Vaccination in Bombay 1889-1901 - 1889-1901
Year: 1889
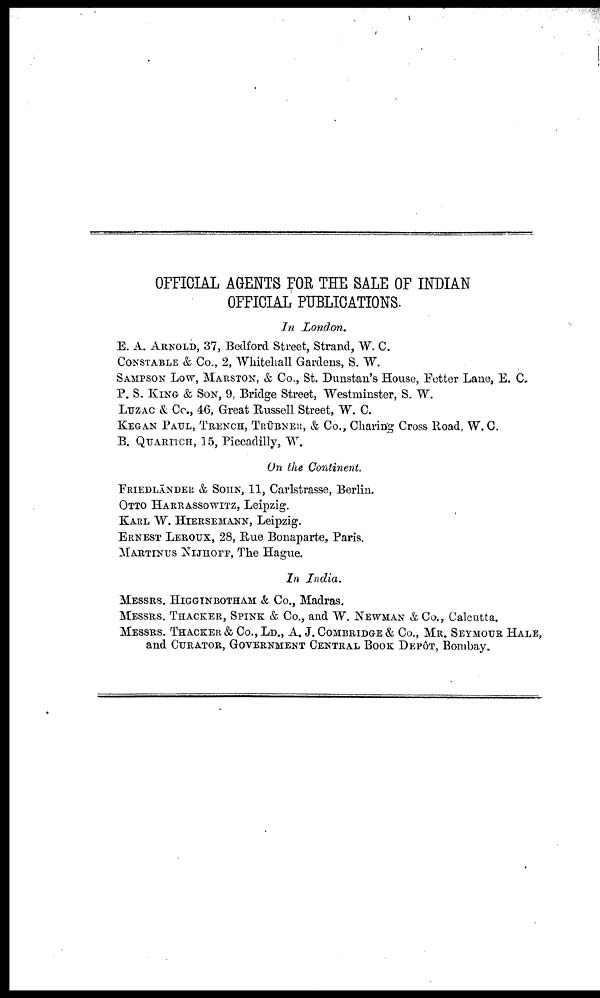
OFFICIAL AGENTS FOR THE SALE OF INDIAN
OFFICIAL PUBLICATIONS.
In London.
E. A. ARNOLD, 37, Bedford Street, Strand, W. C.
CONSTABLE & Co., 2, Whitehall Gardens, S. W.
SAMPSON LOW, MARSTON, & CO., St. Dunstan's House, Fetter Lane, E. C.
P. S. KING & SON, 9, Bridge Street, Westminster, S. W.
LUZAC & CO., 46, Great Russell Street, W. C.
KEGAN PAUL, TRENCH, TRÜBNER, & Co., Charing Cross Road, W. C.
B. QUARITCH, 15, Piccadilly, W.
On the Continent.
FRIEDLÄNDER & SOHN, 11, Carlstrasse, Berlin.
OTTO HARRASSOWITZ, Leipzig.
KARL W. HIERSEMANN, Leipzig.
ERNEST LEROUX, 28, Rue Bonaparte, Paris.
MARTINUS NIJHOFF, The Hague.
In India.
MESSRS. HIGGINBOTHAM & Co., Madras.
MESSRS. THACKER, SPINK & Co., and W. NEWMAN &Co., Calcutta.
MESSRS. THACKER & Co., LD., A. J. COMBRIDGE & Co., MR. SEYMOUR HALE,
and CURATOR, GOVERNMENT CENTRAL BOOK DEPÔT, Bombay.